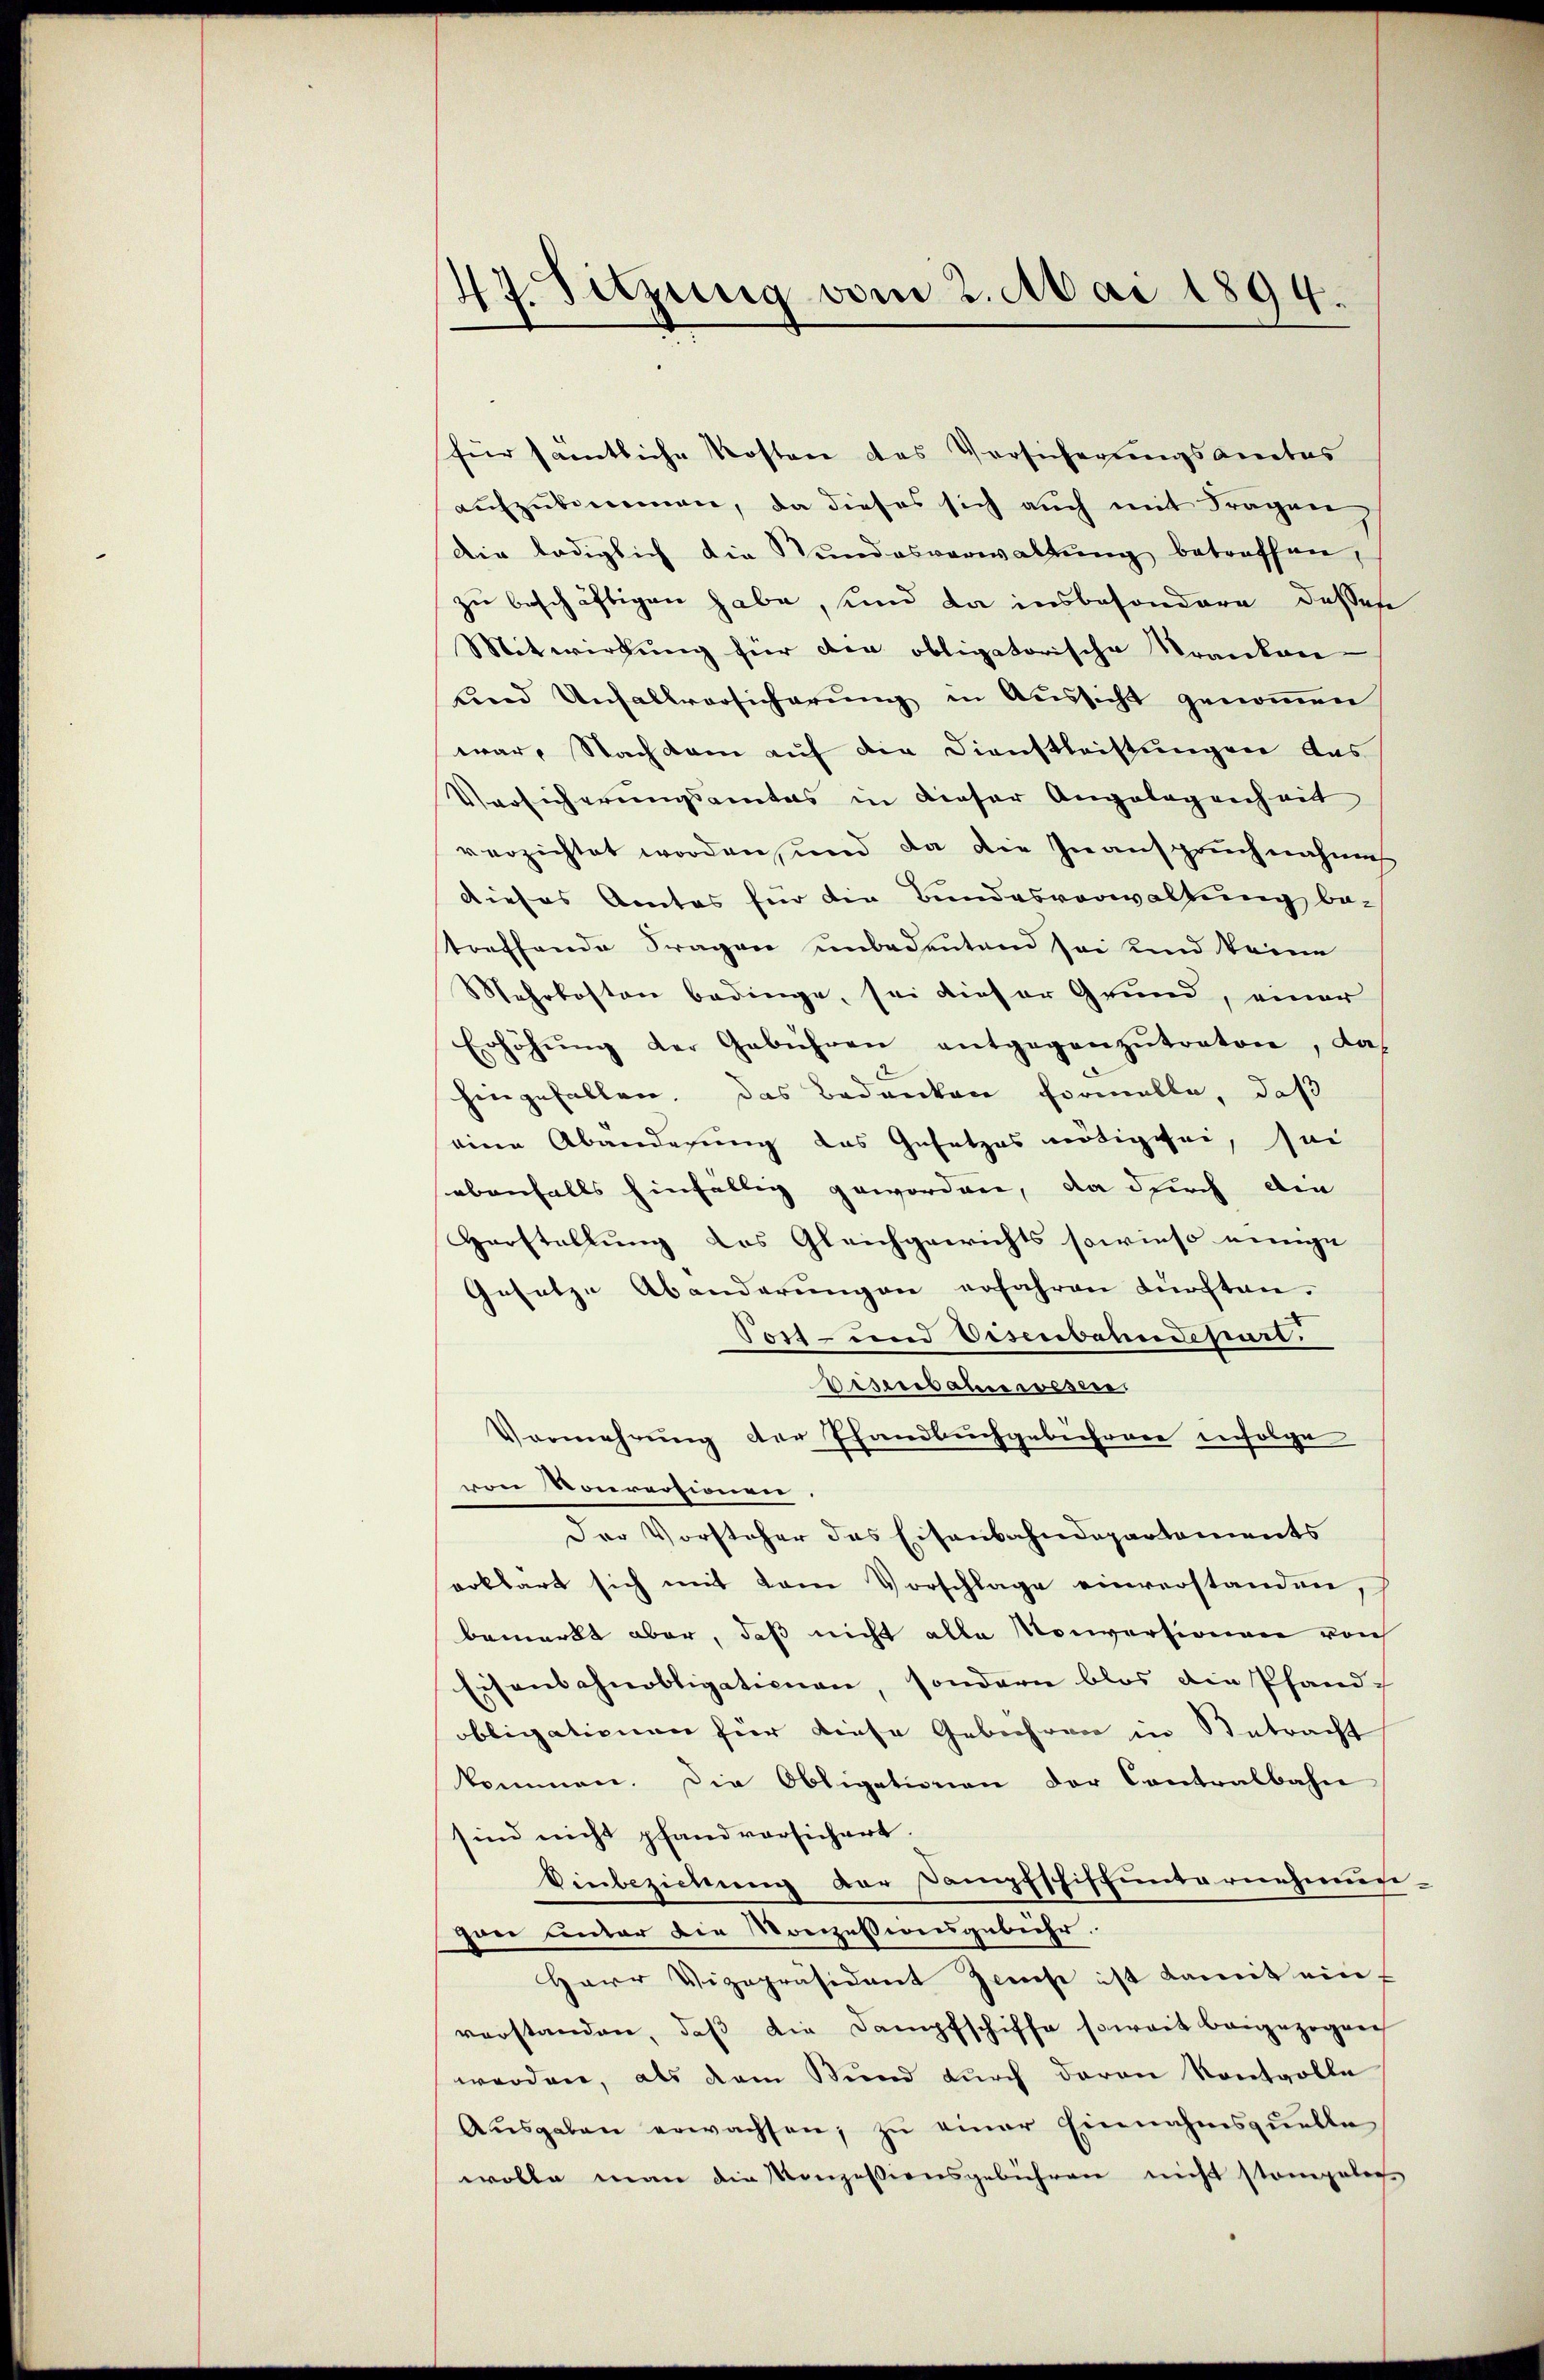
47. Sitzung vom 2. Mai 1894.

für sämtliche Kosten das Versicherungsamtes
aŭfzŭkommen, da dieses sich aŭch mit Fragen
die lediglich die Stundesverwaltung betreffen,
zu beschäftigen habe, und da insbesondere desses
Mitwirkung für der obligatorische Kranken
Lnd Unfallversicherŭng in Aŭssicht genoṁen
war. Nachdem auf die Dienstleistungen das
Versicherungsamtes in dieser Angelegenheit
verzichtet worden, und da die Inanspruchnahmes
dieses Amtes für die Bundesverwaltung be-
treffende Fragen unbedeutend sei und keine
Mehrkosten bedinge, sei dieser Grund, einer
Erhöhŭng der Gebühren entgegenzŭtreten, das
hingefallen. Das Bedanken formelle, daß
eine Abänderung das Gesetzes nötigtei, sei
ebenfalls hinfällig geworden, da durch die
Horstellung des Gleichgewichts sowieso einige
Gesetze Abänderungen erfahren dürften.
Post- und Visenbahndepart.
Disenbahne wesen.
Vermehrung der Pfandbuchgebührere infolge
von Vorrersionen
Der Vorsteher des Eisenbahndepartements
erklärt sich mit dem Vorschlage einverstanden,
bemerkt aber, daß nicht alle Konversionen von
Eisenbahnobligationen, sondern blos die Pfand-
obligationen für diese Gebühren in Betracht
kommen. Die Obligationen der Contralbahn
sind nicht pfandversichert.
Einbeziehung der Dampfschiffunternehmun-
zwei unter die Konzessionsgebühr.
Herr Vizepräsident Zwiese ist damit ein,
verstanden, daβ die Dampfschiffe soweit bangezogen
werden, als dem Stund durch daran kontvolle
Aŭsgaben erwachsen, zu einer Einnahmsquelle
wolle man die Konzessionsgebühren nicht stampeler